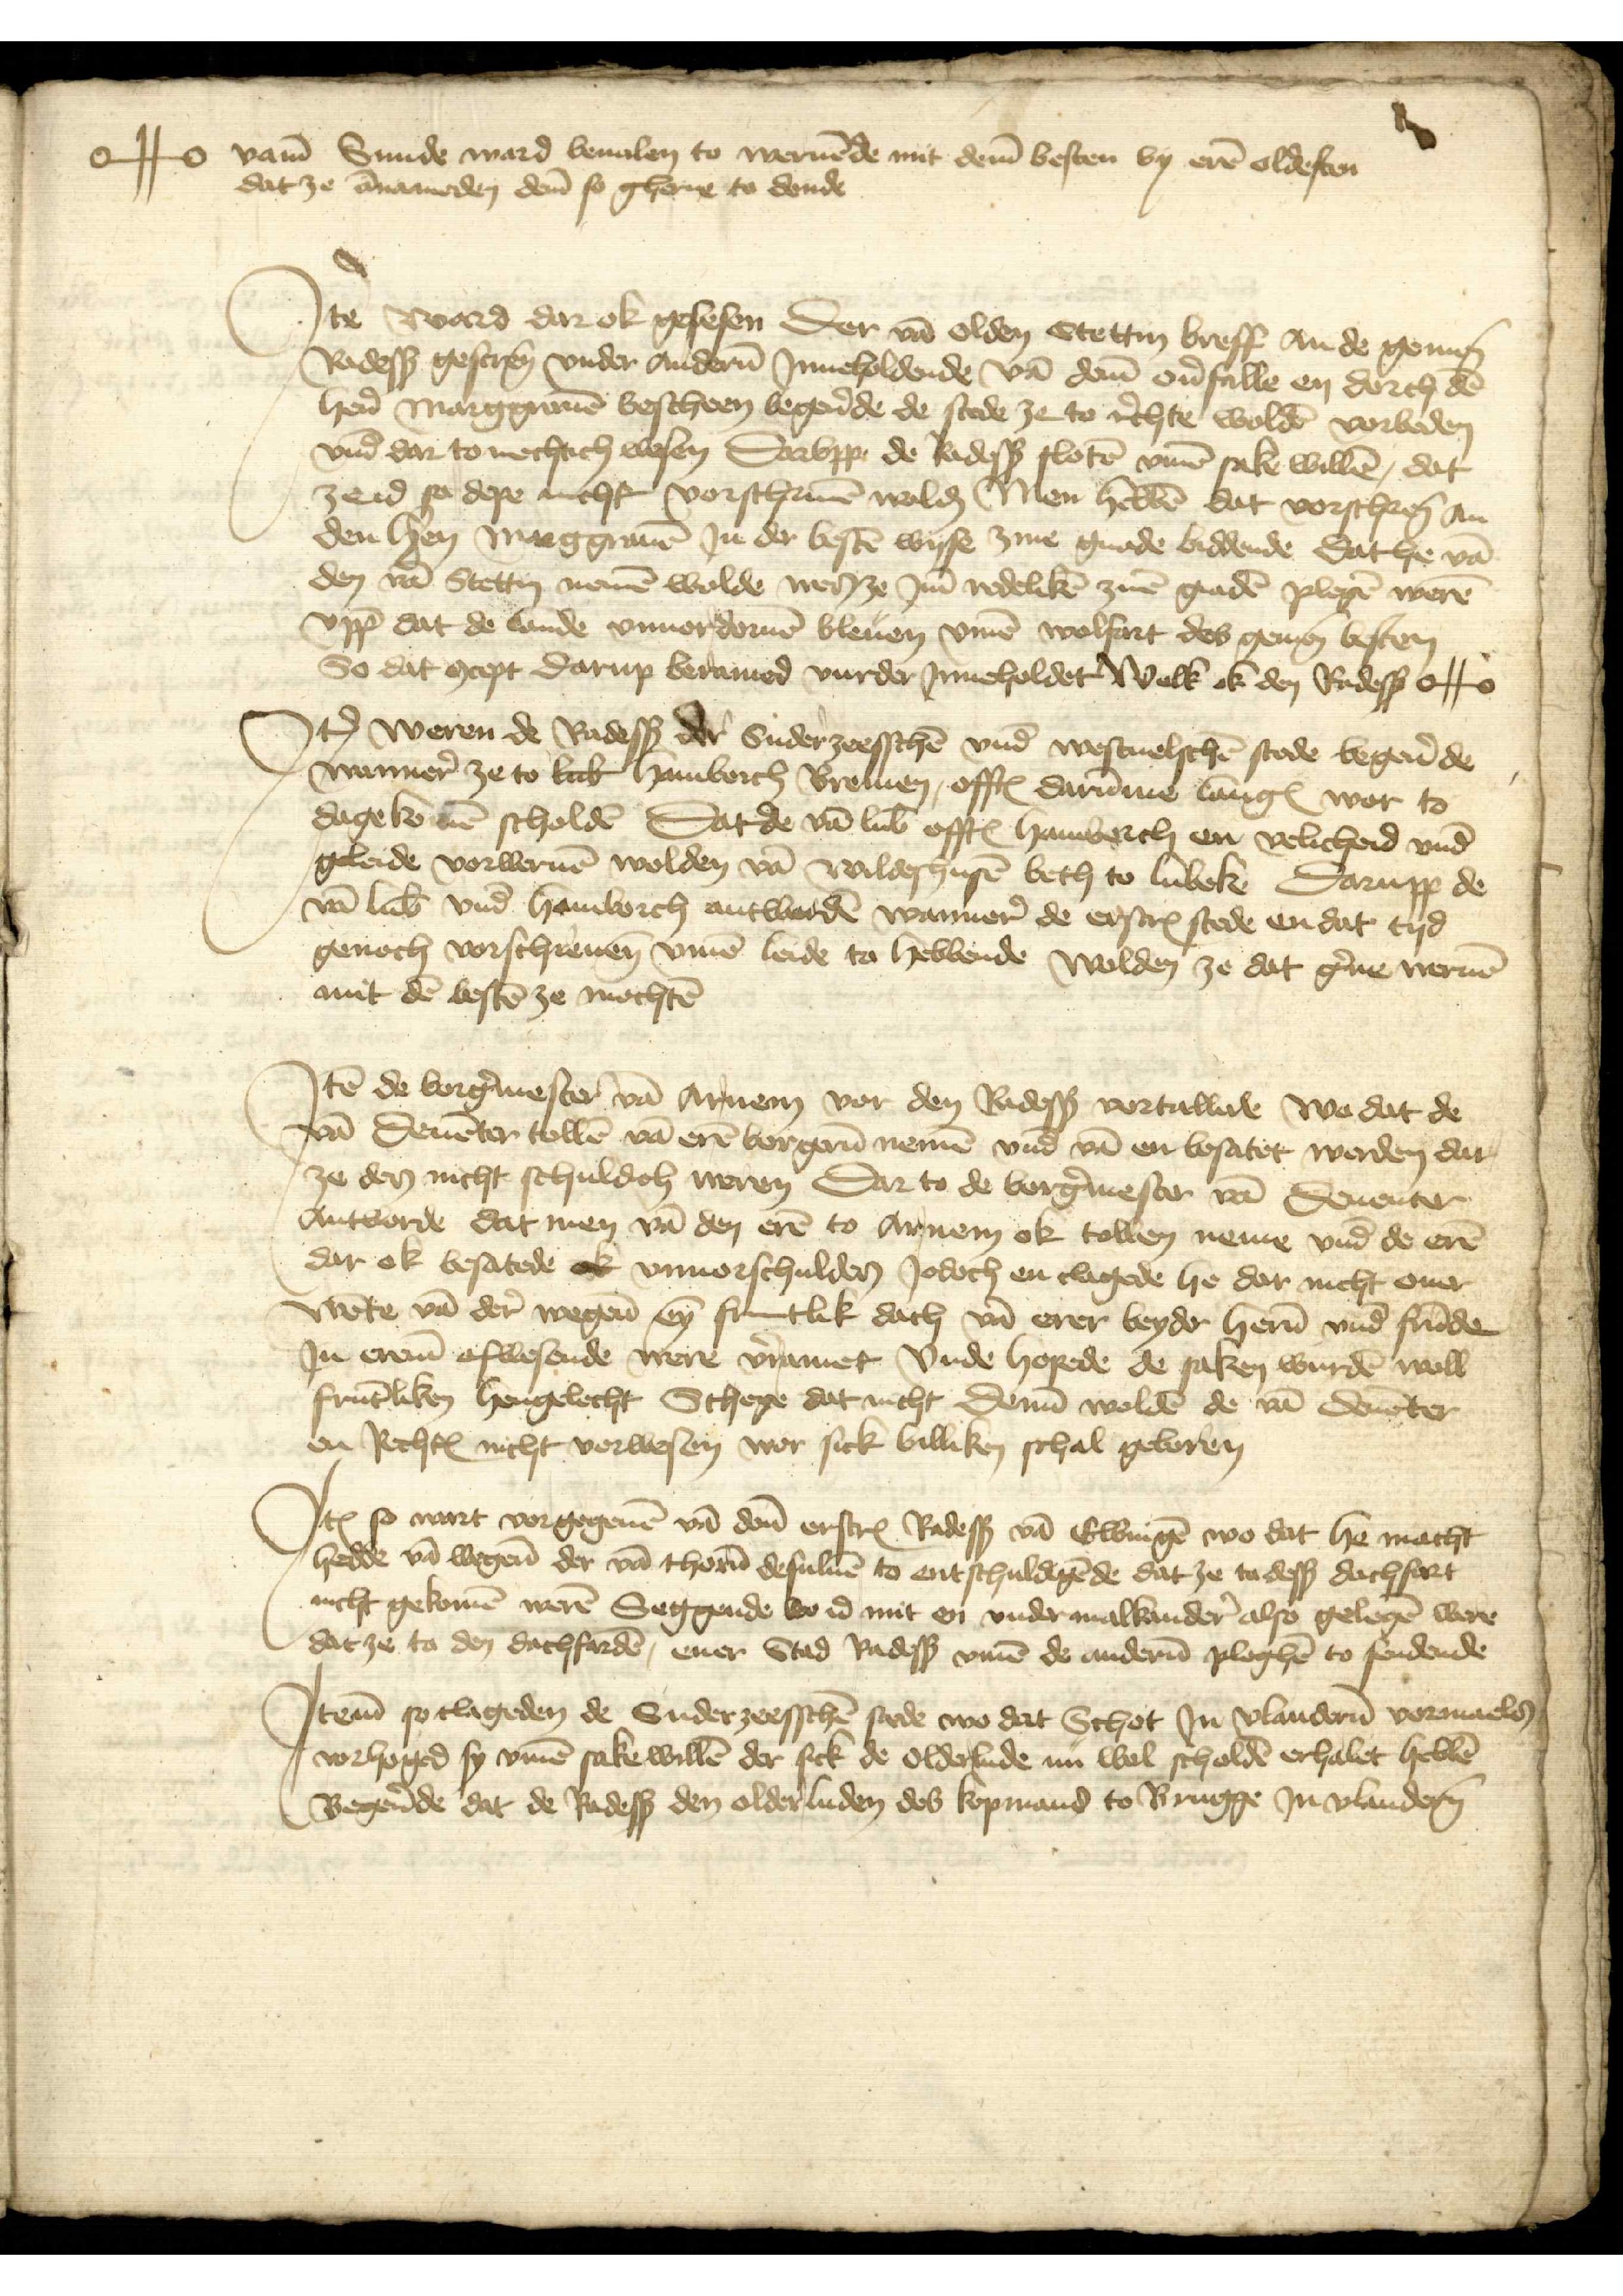
o#o vame Sunde ward beualen to weruende mit deme besten by eren oldesten
dat ze annameden deme so gherne to donde

Jtem ward dar ok gelesen der van olden Stettin breff An de gemenen
Radessendeboden gescreuen vnder Anderen Jnneholdende van deme ouerfalle en dorch den
here Marggrauen bescheen begerende de stede ze to rechte wolden vorbeden
vnd dar to nechtich wesen Darvpp de Radessendeboden sloten vmme sake willen, dat
zeid so depe nicht vorschriuen wolden, Men hebben dat vorscheenen an
den heren Marggrauen Jn der besten wyse zine gnade biddende dat he van
den van Stettin nemen wolde werze Jm redeliken zinen gnaden plegen weren
vppe dat de lande vnuordoruen bleuen vmme wolfart des gemenen besten
So dat concept darup beramed vurder Jnneholdet Welk ok den Radessendeboden o#o

Jtem weren de Radessendeboden der Suderzeesschen vnd Westuelschen stede begerende
wanner ze to Lubeke Hamborch Bremen, offtes darumme langes wor to
dagekomen enen scholden Dat de van Lubeke, offtes Hamborch en velicheid vnd
geleide vorweruen wolden van Wildeshusen beth to Lubeke Darupp de
van Lubeke vnd Hamborch antworden wanner de erscreuen stede en dat tyd
genoch vorschreuen vmme leide to hebbende Wolden ze dat gerne weruen
mit den besten ze mochten

Jtem de borgermester van Arnem vor den Radessendeboden vortellede wo dat de
van Deuenter tollen van eren borgeren nemen vnd van en besatet werden dat
ze den nicht schuldich weren Dar to de borgermester van Deuenter
Antworde dat men van den eren to Arnem ok tollen neme vnd de eren
dar ok besatede ok vnuorschulden Jodoch en clagede he dar nicht ouer
wente van der wegene eyn fruntlik dach van erer beyder heren vnd frunde
Jn erem afwesende vere vorramet vnde hopede de saken wurden woll
fruntliken hengelecht Schepe dat nicht denen wolden de van Deuenter
en Rechtes nicht vorwesen vor sick billiken schal geboren

Jtem so wart vorgegeuen van denen erscreuen Radessendeboden van Elbingen wo dat he macht
hedde van wegene der van thorn desuluen to entschuldigende dat ze to dessen dachfart
nicht gekomen weren Seggende wo id mit en vnder malkandere also gelegen were
dat ze to den dachfarden, ener Stad Radessendeboden vmme de anderen pleghen to sendende

Jtem so clageden de Suderzeesschen stede wo dat Schot Jn Vlanderen vormaelden
vorhoged sy vmme sake willen der sick de olderlude nu wol scholden erhalet hebben
Begerende dat de Radessendeboden den olderluden des kopmans to Brugge Jn Vlanderen